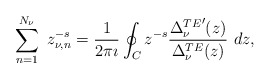
\begin{align*} \sum_{n=1}^{N_{\nu}} \ z_{\nu,n}^{-s} = \displaystyle{\frac{1}{2\pi \imath}} \oint_C z^{-s} \displaystyle{\frac{{\Delta^{TE}_\nu}' (z)}{\Delta^{TE}_\nu (z)}} \ dz,\end{align*}